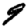
Digit: 9